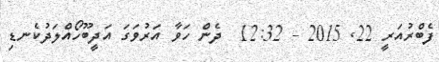
ފެބްރުއަރީ 22